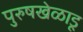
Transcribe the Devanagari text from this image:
पुरुषखेळाडू